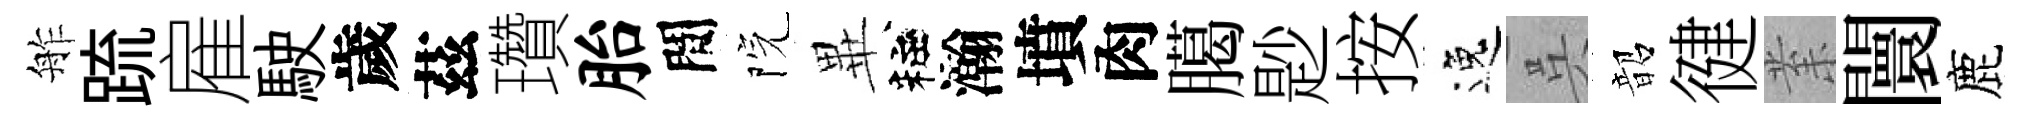
舴䟽雇駛歲茲瓚胎間院𭺾粧瀚墳肉臈尟按逸呉韶徤𭪙闤鹿